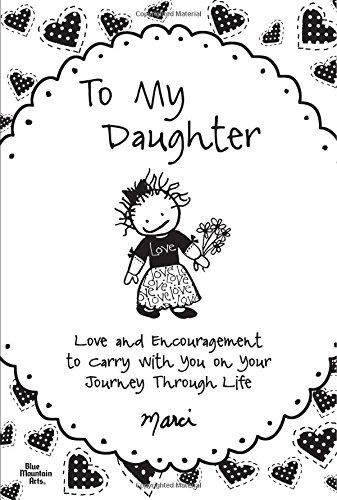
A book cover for To My Daughter: Love and Encouragement to Carry with You on Your Journey Through Life; Marci; Parenting & Relationships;